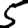
Digit: 5